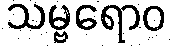
သမ္ဗရောဝ